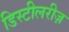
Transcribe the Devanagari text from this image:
डिस्टीलरीज़